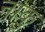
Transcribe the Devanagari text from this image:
नाकु